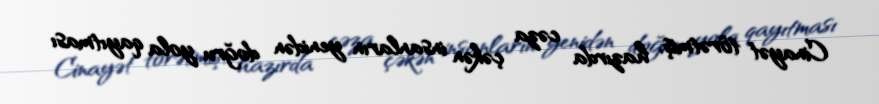
Cinayət törətmiş, hazırda cəza çəkən insanların yenidən doğru yola qayıtması